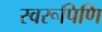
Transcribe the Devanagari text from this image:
स्वरूपिणि